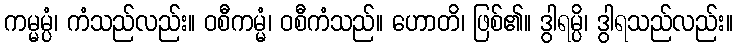
ကမ္မမ္ပံ၊ ကံသည်လည်း။ ဝစီကမ္မံ၊ ဝစီကံသည်။ ဟောတိ၊ ဖြစ်၏။ ဒွါရမ္ပိ၊ ဒွါရသည်လည်း။